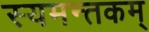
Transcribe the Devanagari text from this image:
स्यमन्तकम्